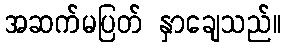
အဆက်မပြတ် နှာချေသည်။